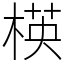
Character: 楧